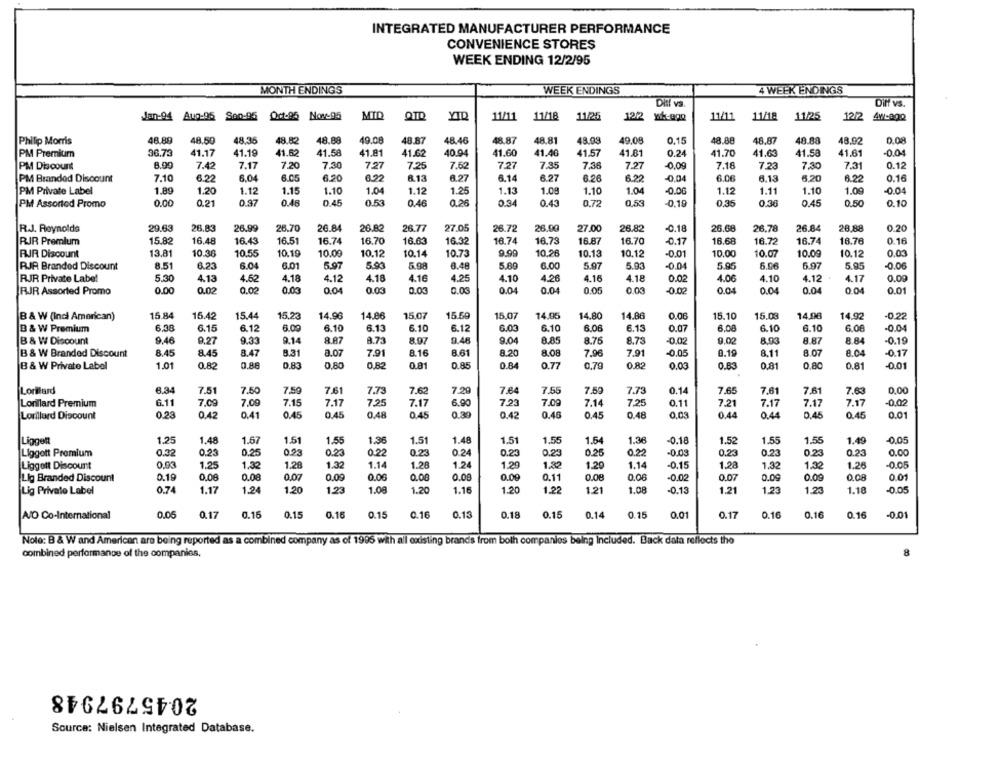
INTEGRATED MANUFACTURER PERFORMANCE
CONVENIENCE STORES
WEEK ENDING 12/2/95
MONTH ENDINGS
WEEK ENDINGS
4 WEEK ENDINGS
Ditt va
Diff vs.
11/18
11/25
Jan-94 Aug-95 San-95 Oct-05 Nov-95
MID
QTD
YID
11/11
12/2
11/11
11/18
11/25
12/2
Philip Morris
48.89
48.50
48.35
48.82
48.88
49.08
48.87
48.46
48.87
48.81
43.08
49.08
0.15
48.88
48.87
48.88
48.92
0.08
PM Premium
36.73
41.17
41.19
41.62
41.58
41.81
41.62
40.94
41.60
41.46
41.57
41.81
0.24
41.70
41.63
41.58
41.61
-0.04
PM Discount
8.99
7.42
7.17
7.20
7.30
7.27
7.25
7.62
7.27
7.35
7.36
7.27
-0.09
7.18
7.23
7.30
7.31
0.12
PM Branded Discount
7.10
6.22
6.04
6.05
6.20
6.22
8.13
8.27
6.14
6.27
6.26
6.22
-0,04
6.06
6.13
6.20
6.22
0.16
PM Private Label
1.89
1.20
1.12
1.15
1.10
1.04
1.12
1.25
1.13
1.08
1.10
1.04
-0.00
1.12
1.11
1.10
1.09
-0.04
PM Assorted Promo
0.00
0.21
0.97
0.48
0.45
0.53
0.46
0.26
0.34
0.43
0.72
0,53
-0.19
0,35
0.36
0.45
0.50
0.10
R.J. Reynolds
29.63
28.83
26.99
26.70
26.84
26.82
26.77
27.05
26.72
26.99
27.00
26.82
-0.18
26.08
26.78
26.84
28.88
0.20
RIR Premium
15.82
16.48
16.43
16.51
16.74
16.70
16.63
16.32
16.74
16.73
16.87
16.70
-0.17
16.68
16.72
16.74
18.76
0.16
10.38
10.55
10.19
10.09
9.99
RJR Discount
13.81
10.12
10.14
10.73
10.26
10.13
10.12
-0.01
10.00
10.07
10.00
10.12
0.03
RJR Branded Discount
8.51
6.23
6.04
6.01
5.97
5.93
5.98
8.48
5.69
6.00
5.97
5.03
-0.04
5.95
6.96
5.97
5.95
-0.06
RJR Private Label
5.30
4.13
4.52
4.18
4.12
4.18
4.16
4.25
4.10
4.28
4.16
4.18
0.02
4.06
4.10
4.12
4.17
0.00
0.00
0.02
0.02
0.03
0.04
0.03
0.03
0.04
0.04
0.05
0.03
0.04
0.04
0.04
0.04
0.01
RJR Assorted Promo
0.03
-0.02
B & W (indi American)
15.84
15.42
15.44
15,23
14.96
14.86
15.07
15.59
15.07
14.95
14.80
14.86
0.06
15.10
15.03
14,96
14.92
-0,22
6,38
6.15
6.12
6.00
6.10
6.13
6.10
6.12
6.03
6.10
6.06
6.13
0.07
6.00
6.10
6.10
6.00
-0.04
B & W Premium
B & W Discount
9,46
9.27
9.33
9.14
8.87
8.73
8.97
9.46
9.04
8.85
8.75
8.73
-0.02
9,02
8.93
8.87
8.84
-0.19
B & W Branded Discount
8,45
8.45
8.47
8.31
0.07
7.91
8.16
8.61
8.20
8.08
7.96
7.91
-0.05
9.19
8.11
8.07
8.04
-0.17
B & W Private Label
1.0
0.82
0,88
0.83
0,80
0.82
0.81
0.85
0.84
0.77
0,79
0.82
0.03
0.83
0.81
0,80
0.81
-0.01
7.51
7.50
7.59
7.64
7.73
7.61
7.61
0.00
Lorillard
6.34
7.61
7.73
7.62
7.29
7.55
7.59
0.14
7.65
7.63
Lonilard Premium
6.11
7,09
7.09
7.15
7.17
7.25
7.17
6.90
7.23
7.09
7.14
7.25
0.11
7.21
7.17
7.17
7.17
-0.02
Lorillard Discount
0.23
0.42
0.41
0.45
0.45
0.48
0.45
0.39
0.42
0.46
0.45
0.48
0,03
0,44
0.44
0,45
0.45
0.01
Liggett
1.25
1.48
1.67
1.51
1.55
1.36
1.51
1.48
1.51
1.55
1.54
1.36
-0.18
1.52
1.55
1.55
1.49
-0.05
Liggott Premium
0.32
0.23
0.25
0.23
0.23
0.22
0.23
0.24
0.23
0.23
0.25
0.22
-0.03
0.23
0.23
0.23
0.23
0.00
Liggott Discount
0.03
1.25
1.32
1.28
1.32
1.14
1.28
1.24
1.20
1.82
1.20
1.14
-0.15
1.28
1.32
1.32
1.26
-0.05
Lig Branded Discount
0.19
0.08
0.08
0.07
0.09
0.06
0.00
0.00
0.00
0.11
0.08
0.06
-0.02
0.07
0.09
0.09
0.08
0.01
1.22
Lig Private Label
0.74
1.17
1.24
1.20
1.23
1.06
1.20
1.16
1.20
1.21
1.08
-0.13
1.21
1.23
1.23
1.18
-0.05
AJO Co-International
0.05
0.17
0.15
0.15
0.16
0.15
0.16
0.13
0.18
0.15
0.14
0.15
0.01
0.17
0.16
0.16
0.16
0.01
Nole: B & W and American are being reported as a combined company as of 1995 with all existing brands from both companies being Included. Back data reflects the
combined performance of the companies,
8
2045797948
Source: Nielsen Integrated Database.